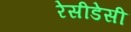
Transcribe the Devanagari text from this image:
रेसीडेसी